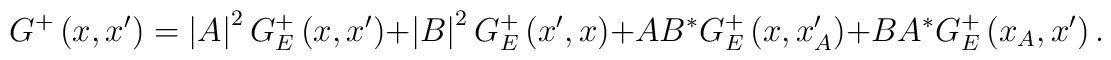
G^{+}\left( x,x^{\prime }\right) =\left| A\right| ^{2}G_{E}^{+}\left(x,x^{\prime }\right) +\left| B\right| ^{2}G_{E}^{+}\left( x^{\prime},x\right) +AB^{\ast }G_{E}^{+}\left( x,x_{A}^{\prime }\right) +BA^{\ast}G_{E}^{+}\left( x_{A},x^{\prime }\right) .